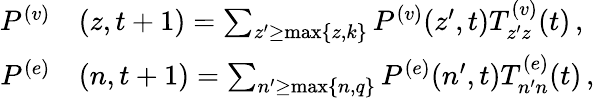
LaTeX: \begin{array}{r}{\begin{array}{rl}{P^{(v)}}&{{}(z,t+1)=\sum_{z^{\prime}\ge\operatorname*{max}\lbrace z,k\rbrace}P^{(v)}(z^{\prime},t)T_{z^{\prime}z}^{(v)}(t)\, ,}\\ {P^{(e)}}&{{}(n,t+1)=\sum_{n^{\prime}\ge\operatorname*{max}\lbrace n,q\rbrace}P^{(e)}(n^{\prime},t)T_{n^{\prime}n}^{(e)}(t)\, ,}\end{array}}\end{array}